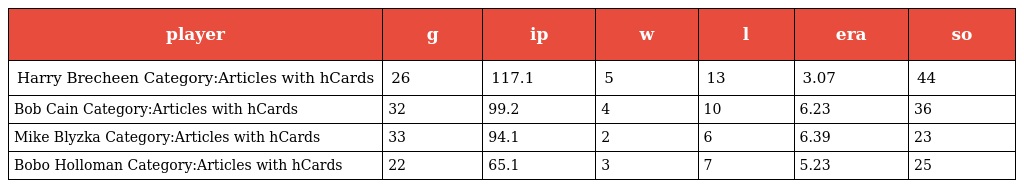
| player | g | ip | w | l | era | so |
 | --- | --- | --- | --- | --- | --- | --- |
 | Harry Brecheen Category:Articles with hCards | 26 | 117.1 | 5 | 13 | 3.07 | 44 |
 | Bob Cain Category:Articles with hCards | 32 | 99.2 | 4 | 10 | 6.23 | 36 |
 | Mike Blyzka Category:Articles with hCards | 33 | 94.1 | 2 | 6 | 6.39 | 23 |
 | Bobo Holloman Category:Articles with hCards | 22 | 65.1 | 3 | 7 | 5.23 | 25 |